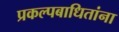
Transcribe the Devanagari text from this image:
प्रकल्पबाधितांना